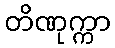
တိဏုက္ကာ